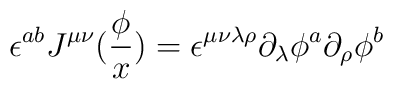
\epsilon ^{ab}J^{\mu \nu }(\frac \phi x)=\epsilon ^{\mu \nu \lambda\rho }\partial _\lambda \phi ^a\partial _\rho \phi ^b